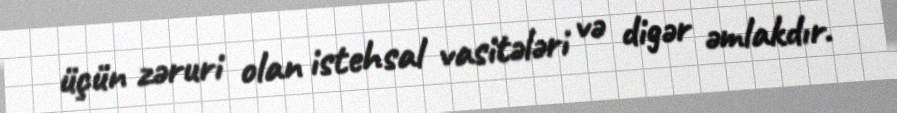
üçün zəruri olan istehsal vasitələri və digər əmlakdır.